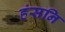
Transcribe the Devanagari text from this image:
हंसनि